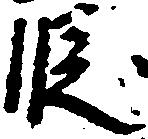
段